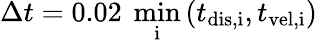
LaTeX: {\Delta t=0.02\ \operatorname*{min}_{\mathrm{i}}\left(t_{\mathrm{dis,i}},t_{\mathrm{vel,i}}\right)}